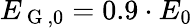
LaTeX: E_{\mathrm{~G~},0}=0.9\cdot E_{0}